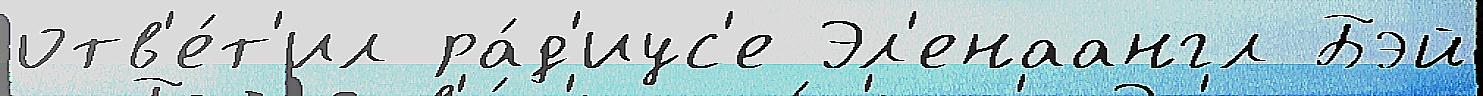
отв'е́т'ил ра́д'иус'е Эл'енаангл Бэй